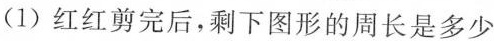
(1)红红剪完后，剩下图形的周长是多少